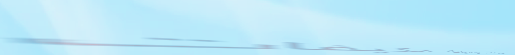
خدمات تركيب وصيانة مكيفات